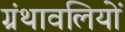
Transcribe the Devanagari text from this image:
ग्रंथावलियों